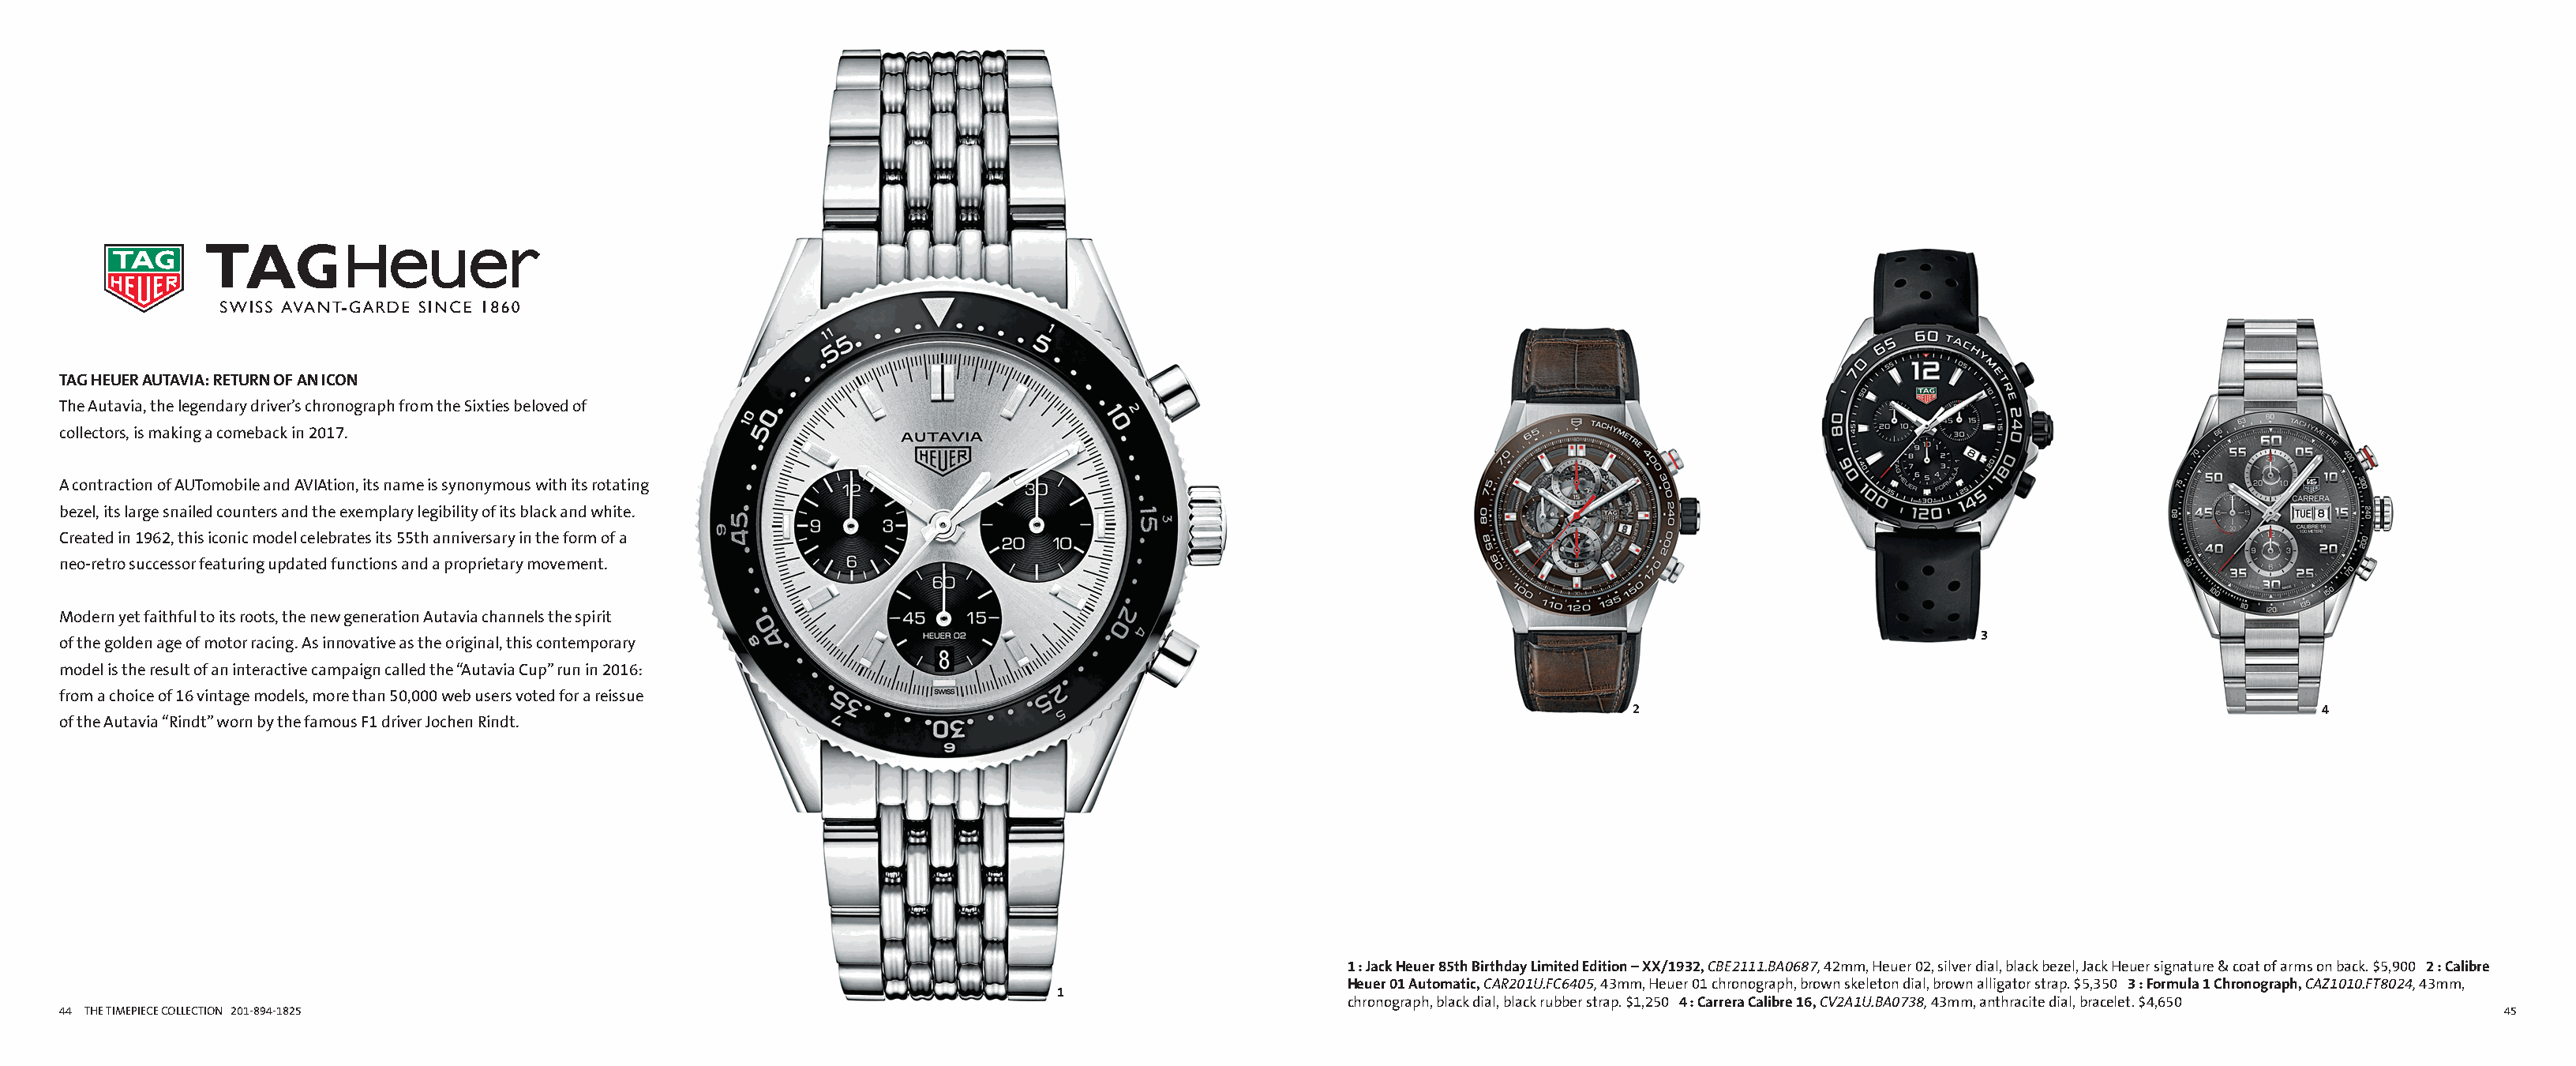
Alternate Insight ai135487b_44 Proof 1                                                              Alternate Insight ai135487b_45 Proof 1
 FullCatalogMech Text                                                                                      FullCatalogMech Text
 TAG HEUER AUTAVIA: RETURN OF AN ICON
 The Autavia, the legendary driver’s chronograph from the Sixties beloved of
 collectors, is making a comeback in 2017.
 A contraction of AUTomobile and AVIAtion, its name is synonymous with its rotating
 bezel, its large snailed counters and the exemplary legibility of its black and white.
 Created in 1962, this iconic model celebrates its 55th anniversary in the form of a
 neo-retro successor featuring updated functions and a proprietary movement.
 Modern yet faithful to its roots, the new generation Autavia channels the spirit
 3
 of the golden age of motor racing. As innovative as the original, this contemporary
 model is the result of an interactive campaign called the “Autavia Cup” run in 2016:
 from a choice of 16 vintage models, more than 50,000 web users voted for a reissue
 2                                                         4
 of the Autavia “Rindt” worn by the famous F1 driver Jochen Rindt.
 1 : Jack Heuer 85th Birthday Limited Edition – XX/1932, CBE2111.BA0687, 42mm, Heuer 02, silver dial, black bezel, Jack Heuer signature & coat of arms on back. $5,900 2 : Calibre
 Heuer 01 Automatic, CAR201U.FC6405, 43mm, Heuer 01 chronograph, brown skeleton dial, brown alligator strap. $5,350 3 : Formula 1 Chronograph, CAZ1010.FT8024, 43mm,
 1
 chronograph, black dial, black rubber strap. $1,250 4 : Carrera Calibre 16, CV2A1U.BA0738, 43mm, anthracite dial, bracelet. $4,650
 44 THE TIMEPIECE COLLECTION 201-894-1825                                                                                                                                                              45
 Cyan Magenta Yellow Black                                                                                   Cyan Magenta Yellow Black